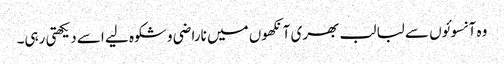
وہ آنسوئوں سے لبا لب بھری آنکھوں میں ناراضی و شکوہ لیے اسے دیکھتی رہی۔